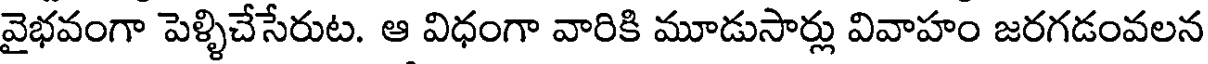
వైభవంగా పెళ్ళిచేసేరుట. ఆ విధంగా వారికి మూడుసార్లు వివాహం జరగడంవలన